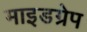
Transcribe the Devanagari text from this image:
माइडग्रेप